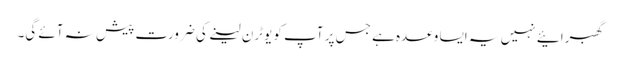
گھبرائیے نہیں یہ ایسا وعدہ ہے جس پر آپ کو یوٹرن لینے کی ضرورت پیش نہ آئے گی۔